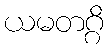
ယမတဂ္ဂိ